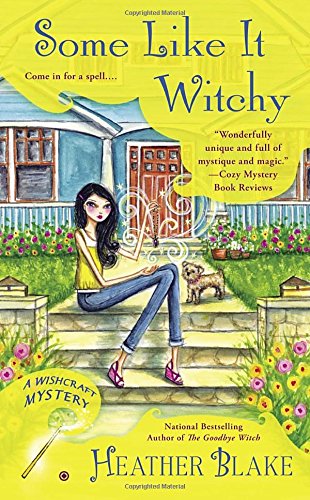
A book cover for Some Like It Witchy: A Wishcraft Mystery; Heather Blake; Mystery, Thriller & Suspense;